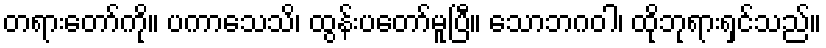
တရားတော်ကို။ ပကာသေသိ၊ ထွန်းပတော်မူပြီ။ သောဘဂဝါ၊ ထိုဘုရားရှင်သည်။